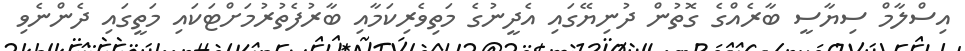
އިސްލާމް ސިޔާސީ ބާރެއްގެ ގޮތުން ދުނިޔޭގައި އެދީނުގެ މަތިވެރިކަމާއި ބާރުފެތުރުމަށްޓަކައި މަތީގައި ދެންނެވި